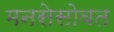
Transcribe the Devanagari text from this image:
मनसेसोबत